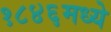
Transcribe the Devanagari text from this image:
१८४६मध्ये